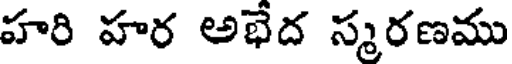
హరి హర అభేద స్మరణము